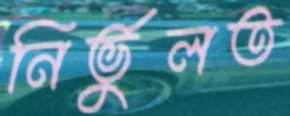
নির্ভুলত